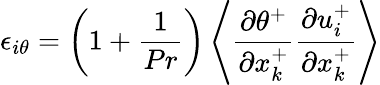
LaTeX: \epsilon_{i\theta}=\left(1+\frac{1}{Pr}\right)\left<\frac{\partial\theta^{+}}{\partial x_{k}^{+}}\frac{\partial u_{i}^{+}}{\partial x_{k}^{+}}\right>